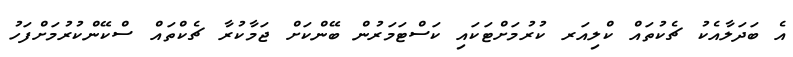
އެ ބަދަލާއެކު ޗެކުތައް ކްލިއަރ ކުރުމަށްޓަކައި ކަސްޓަމަރުން ބޭންކަށް ޖަމާކުރާ ޗެކްތައް ސްކޭންކުރުމަށްފަހު